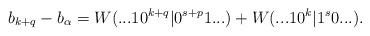
LaTeX: \begin{align*} b_{k+q} - b_\alpha = W(...10^{k+q}|0^{s+p}1...) + W(...10^k |1^s0...).\end{align*}